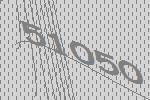
51050